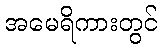
အမေရိကားတွင်